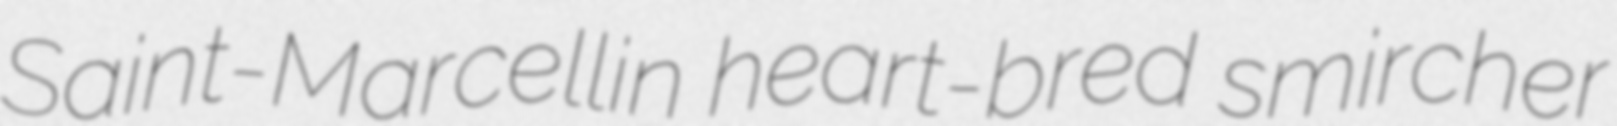
Saint-Marcellin heart-bred smircher